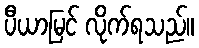
ပီယာမြင် လိုက်ရသည်။